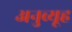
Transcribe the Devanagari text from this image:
अनुव्यूह